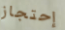
إحتجاز